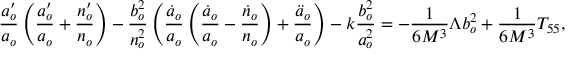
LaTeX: \frac { a _ { o } ^ { \prime } } { a _ { o } } \left( \frac { a _ { o } ^ { \prime } } { a _ { o } } + \frac { n _ { o } ^ { \prime } } { n _ { o } } \right) - \frac { b _ { o } ^ { 2 } } { n _ { o } ^ { 2 } } \left( \frac { \dot { a } _ { o } } { a _ { o } } \left( \frac { \dot { a } _ { o } } { a _ { o } } - \frac { \dot { n } _ { o } } { n _ { o } } \right) + \frac { \ddot { a } _ { o } } { a _ { o } } \right) - k \frac { b _ { o } ^ { 2 } } { a _ { o } ^ { 2 } } = - \frac { 1 } { 6 M ^ { 3 } } \Lambda b _ { o } ^ { 2 } + \frac { 1 } { 6 M ^ { 3 } } T _ { 5 5 } ,